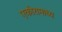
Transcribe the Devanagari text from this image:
एकोरामाध्य